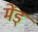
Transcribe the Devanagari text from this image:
मेंड्